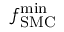
f _ { \mathrm { S M C } } ^ { \mathrm { m i n } }